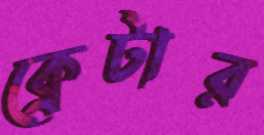
ক্রেটার